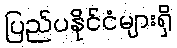
ပြည်ပနိုင်ငံများရှိ